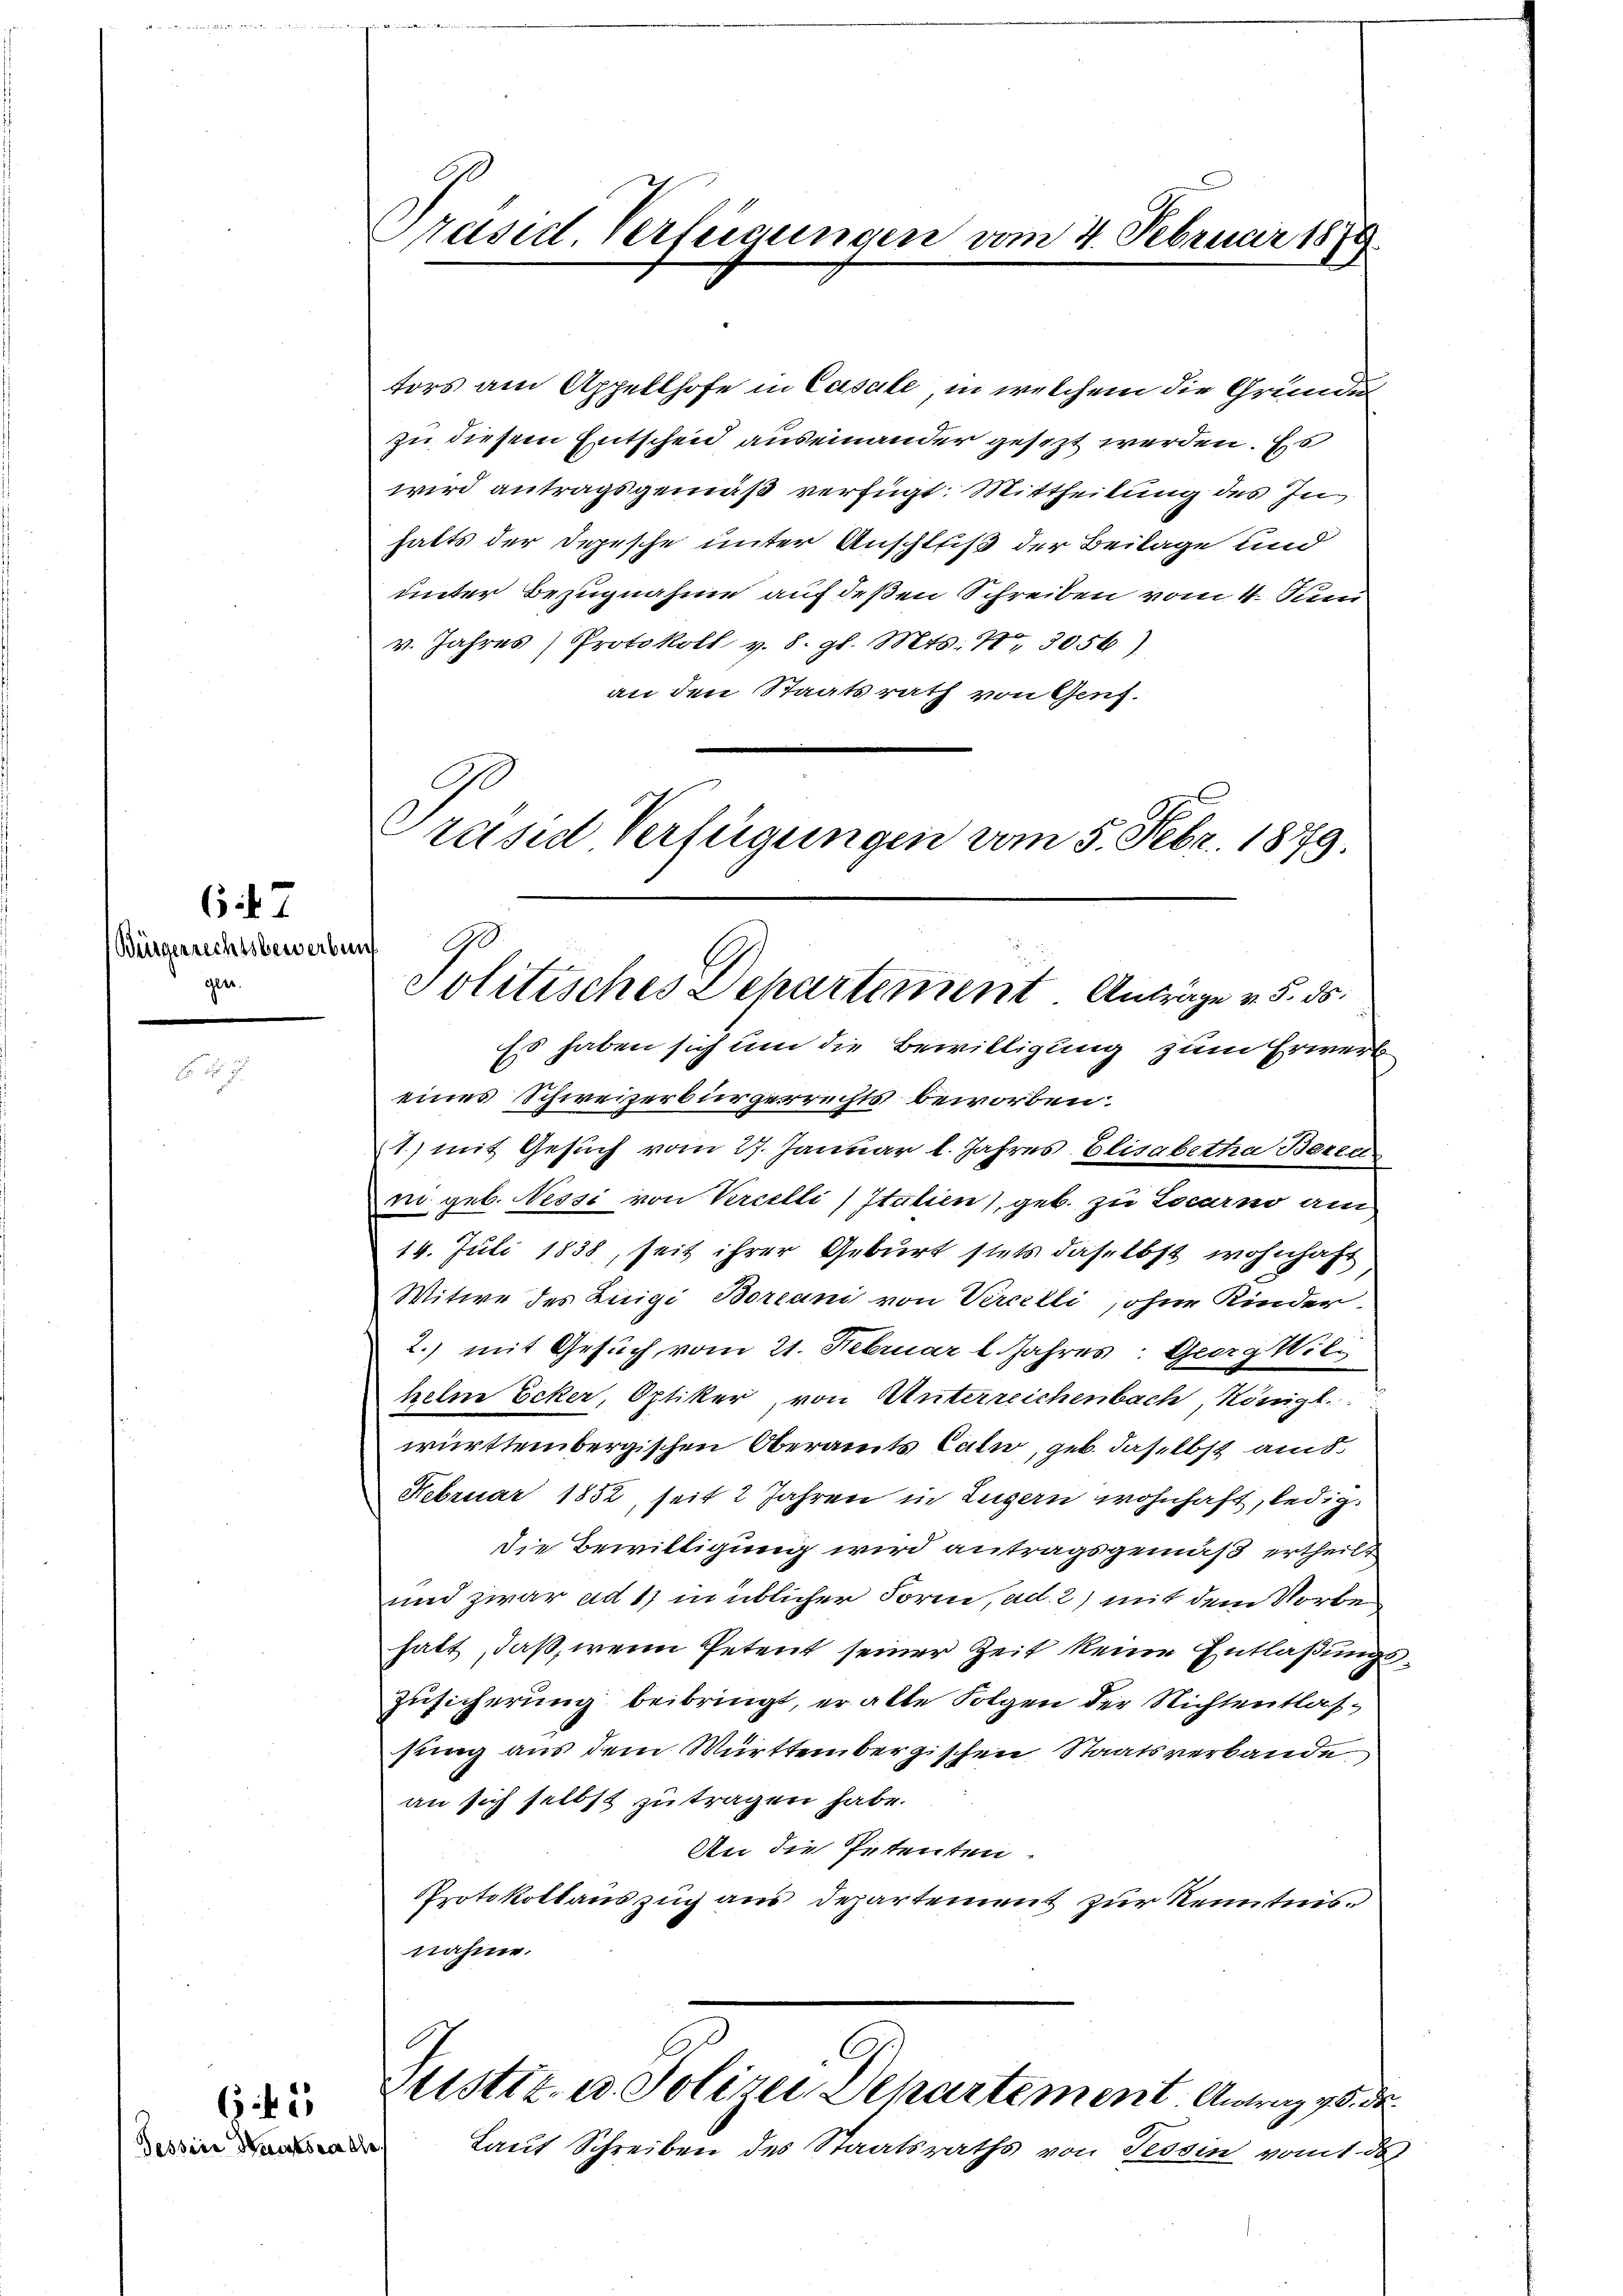
67
(Bürgerrechtsbewerben
ger.

645
Tessine Haustsee die

Präsid. Verfeigungen vom 4. Februar 1879.

J
politisches Departement Anträge v. 5. ds.

ters am Appellhofe in Casate, in welchem die Grunde
zu diesem Entscheid auseinander gesezt werden. Es
wird antragsgemäß verfügt: Mittheilung des In
halts der Depesche unter Anschluß der Beilage und
unter Bezugnahme auf deßen Schreiben vom 4. Juni
v. Jahres Protokoll v. 8. gl. Mts. N. 3056)
an den Staatsrath von Genf.
Präses Verfügungen vom 5. Febr. 1889.

Es haben sich um die Bewilligung zum Erwerb
eines Schweizerbürgerrechts beworben:
) mit Gesuch vom 27. Januar l. Jahres Elisabetha Beren
m geb. Nessi von Vercelli, Italien), geb. zu Locarno am
14. Juli 1838, seit ihrer Geburt stets daselbst wohnhaft
Witwe des Luigi Borcani von Vercelli, ohne Kinder
2.) mit Gesuch vom 21. Februar l. Jahres: Georg Wilhelm Ecker, Optiker, von Unterreichenbach, Königl.
württembergischen Oberamts Cata, geb. daselbst am 5.
Februar 1852, seit 2 Jahren in Luzern wohnhaft, ledig¬
Die Bewilligung wird antragsgemäß ertheilt
und zwar ad 1) in üblicher Form, ad. 2) mit dem Norbehatt, daß, wenn Petent seiner Zeit keine Entlaßungs¬
Zusicherung beibringt, er alte Folgen der Nichtentlassung aus dem Württembergischen Staatsverbande
an sich selbst zu tragen habe.
An die Petenten.
Protokollauszug aus Departement zur Kenntnisnahme.

Mustiz- u. Polizei Departement. Antrag 5. de

Laut Schreiben des Staatsraths von Tessin vom 1. d